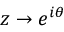
z \to e ^ { i \theta }